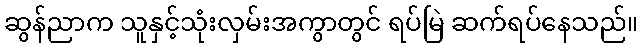
ဆွန်ညာက သူနှင့်သုံးလှမ်းအကွာတွင် ရပ်မြဲ ဆက်ရပ်နေသည်။